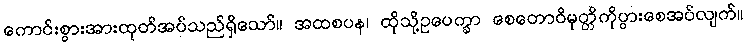
ကောင်းစွားအားထုတ်အပ်သည်ရှိသော်။ အထစပန၊ ထိုသို့ဥပေက္ခာ စေတောဝိမုတ္တိကိုပွားစေအပ်လျက်။